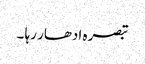
تبصرہ ادھار رہا ۔